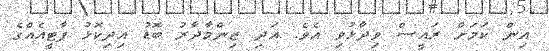
އިން ކަމަށް ރައީސް ވިދާޅުވި އެވެ. އަދި ޒިންމާދާރު ބޮޑު އިދިކޮޅު ޕާޓީއެއްގެ